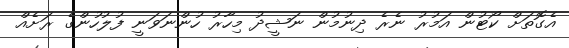
އެގޮތަށް ކޯޓުން އަމުރު ނެރެ ދިނުމުން ނަޝީދު މިހާރު ހުންނަވަނީ ފުލުހުންގެ ރަށެއް